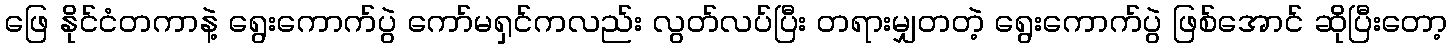
ဖြေ နိုင်ငံတကာနဲ့ ရွေးကောက်ပွဲ ကော်မရှင်ကလည်း လွတ်လပ်ပြီး တရားမျှတတဲ့ ရွေးကောက်ပွဲ ဖြစ်အောင် ဆိုပြီးတော့